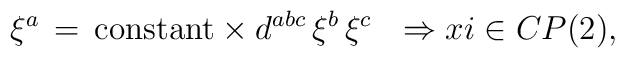
\xi^a\,=\,{\rm constant}\times d^{abc}\,\xi^b\,\xi^c \ \ \Rightarrow \ \\xi \in CP(2),